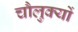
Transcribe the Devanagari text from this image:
चौलुक्यों